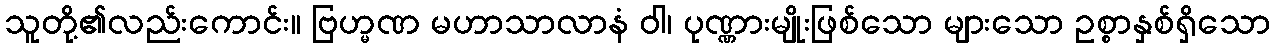
သူတို့၏လည်းကောင်း။ ဗြဟ္မဏ မဟာသာလာနံ ဝါ၊ ပုဏ္ဏားမျိုးဖြစ်သော များသော ဥစ္စာနှစ်ရှိသော